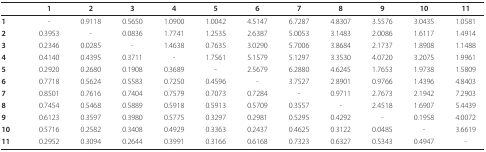
<table><thead><tr><td></td><td><b>1</b></td><td><b>2</b></td><td><b>3</b></td><td><b>4</b></td><td><b>5</b></td><td><b>6</b></td><td><b>7</b></td><td><b>8</b></td><td><b>9</b></td><td><b>10</b></td><td><b>11</b></td></tr></thead><tbody><tr><td><b>1</b></td><td>-</td><td>0.9118</td><td>0.5650</td><td>1.0900</td><td>1.0042</td><td>4.5147</td><td>6.7287</td><td>4.8307</td><td>3.5576</td><td>3.0435</td><td>1.0581</td></tr><tr><td><b>2</b></td><td>0.3953</td><td>-</td><td>0.0836</td><td>1.7741</td><td>1.2535</td><td>2.6387</td><td>5.0053</td><td>3.1483</td><td>2.0086</td><td>1.6117</td><td>1.4914</td></tr><tr><td><b>3</b></td><td>0.2346</td><td>0.0285</td><td>-</td><td>1.4638</td><td>0.7635</td><td>3.0290</td><td>5.7006</td><td>3.8684</td><td>2.1737</td><td>1.8908</td><td>1.1488</td></tr><tr><td><b>4</b></td><td>0.4140</td><td>0.4395</td><td>0.3711</td><td>-</td><td>1.7561</td><td>5.1579</td><td>5.1297</td><td>3.3530</td><td>4.0720</td><td>3.2075</td><td>1.9961</td></tr><tr><td><b>5</b></td><td>0.2920</td><td>0.2680</td><td>0.1908</td><td>0.3689</td><td>-</td><td>2.5679</td><td>6.2880</td><td>4.6245</td><td>1.7653</td><td>1.9738</td><td>1.5809</td></tr><tr><td><b>6</b></td><td>0.7718</td><td>0.5624</td><td>0.5583</td><td>0.7250</td><td>0.4596</td><td>-</td><td>3.7527</td><td>2.8901</td><td>0.9766</td><td>1.4396</td><td>4.8403</td></tr><tr><td><b>7</b></td><td>0.8501</td><td>0.7616</td><td>0.7404</td><td>0.7579</td><td>0.7073</td><td>0.7284</td><td>-</td><td>0.9711</td><td>2.7673</td><td>2.1942</td><td>7.2903</td></tr><tr><td><b>8</b></td><td>0.7454</td><td>0.5468</td><td>0.5889</td><td>0.5918</td><td>0.5913</td><td>0.5709</td><td>0.3557</td><td>-</td><td>2.4518</td><td>1.6907</td><td>5.4439</td></tr><tr><td><b>9</b></td><td>0.6123</td><td>0.3597</td><td>0.3980</td><td>0.5775</td><td>0.3297</td><td>0.2981</td><td>0.5295</td><td>0.4292</td><td>-</td><td>0.1958</td><td>4.0072</td></tr><tr><td><b>10</b></td><td>0.5716</td><td>0.2582</td><td>0.3408</td><td>0.4929</td><td>0.3363</td><td>0.2437</td><td>0.4625</td><td>0.3122</td><td>0.0485</td><td>-</td><td>3.6619</td></tr><tr><td><b>11</b></td><td>0.2952</td><td>0.3094</td><td>0.2644</td><td>0.3991</td><td>0.3166</td><td>0.6168</td><td>0.7323</td><td>0.6327</td><td>0.5343</td><td>0.4947</td><td>-</td></tr></tbody></table>